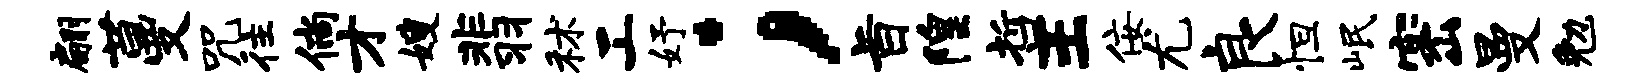
翩蔓咒往倘才嫂翡秫工妤；旨隍哲王佞尤良怛岷密曼勉